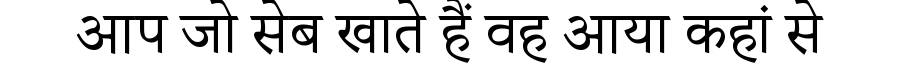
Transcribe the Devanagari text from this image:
आप जो सेब खाते हैं वह आया कहां से